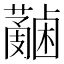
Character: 𧄋